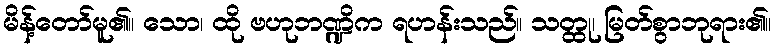
မိန့်တော်မူ၏။ သော၊ ထို ဗဟုဘဏ္ဍိက ရဟန်းသည်။ သတ္ထု၊ မြတ်စွာဘုရား၏။